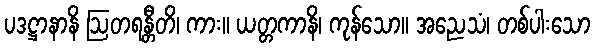
ပဒဋ္ဌာနာနိ ဩတရန္တီတိ၊ ကား။ ယတ္တကာနိ၊ ကုန်သော။ အညေသံ၊ တစ်ပါးသော